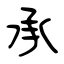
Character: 承